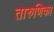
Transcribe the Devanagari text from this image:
तारुणिका